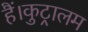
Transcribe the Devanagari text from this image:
हैं।कुट्रालम